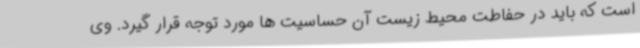
است که باید در حفاطت محیط زیست آن حساسیت ها مورد توجه قرار گیرد. وی